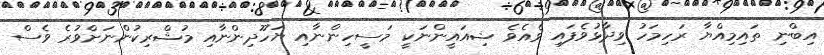
އިބްނި ތައިމިއްޔާ ރަހިމަހު ވިދާޅުވެފައި ވެއެވެ ޝިއައީންނަކީ މަސީހިންނާއި ޔަހޫދިންނާއި މުޝްރިކުންނަށްވުރެ ވެސް